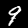
Label: 9